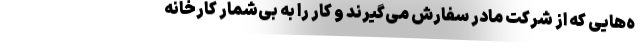
ه‌هایی که از شرکت مادر سفارش می‌گیرند و کار را به بی‌شمار کارخانه